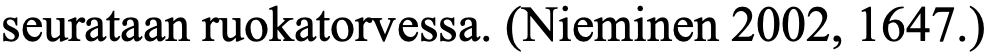
seurataan ruokatorvessa. (Nieminen 2002, 1647.)